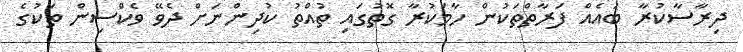
ދިރާސާކުރާ ބައެއް ފަރާތްތަކުން ހާމަކުރާ ގޮތުގައި ތުއްތު ކުދިންނަށް ދެވޭ ވެކްސިން ތަކުގެ